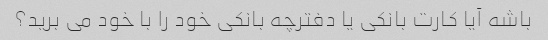
باشه آیا کارت بانکی یا دفترچه بانکی خود را با خود می برید؟